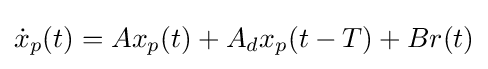
{\dot {x}}_{p}(t)=Ax_{p}(t)+A_{d}x_{p}(t-T)+Br(t)